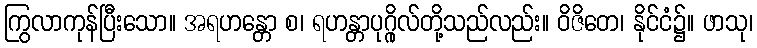
ကြွလာကုန်ပြီးသော။ အရဟန္တော စ၊ ရဟန္တာပုဂ္ဂိုလ်တို့သည်လည်း။ ဝိဇိတေ၊ နိုင်ငံ၌။ ဖာသု၊